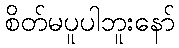
စိတ်မပူပါဘူးနော်